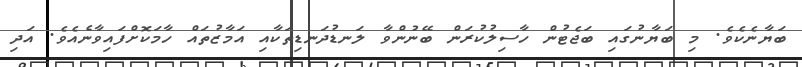
ބަޔާނެކެވެ. މި ބަޔާނުގައި ބަޖެޓުން ހާސިލުކުރަން ބޭނުންވާ ލަނޑުދަނޑިތަކާއި އަމާޒުތައް ހާމަކޮށްފައިވާނެއެވެ. އަދި